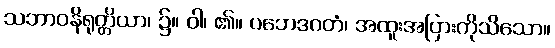
သဘာဝနိရုတ္တိယာ၊ ၌။ ဝါ၊ ၏။ ပဘေဒဂတံ၊ အထူးအပြားကိုသိသော။